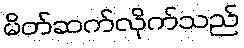
မိတ်ဆက်လိုက်သည်